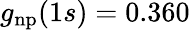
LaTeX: g_{\mathrm{np}}(1s)=0.360